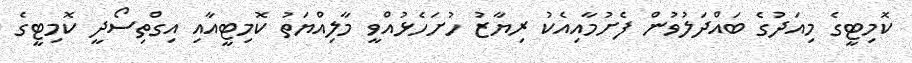
ކޮމިޓީގެ މިއަދުގެ ބައްދަލުވުން ފެށުމާއިއެކު ރިޔާޒު ހުށަހެޅުއްވީ މާލިއްޔަތު ކޮމިޓީއާއި އިގްތިސޯދީ ކޮމިޓީގެ